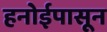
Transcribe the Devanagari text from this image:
हनोईपासून